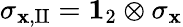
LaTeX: \sigma_{\mathbf{x},\mathrm{{II}}}={\mathbf{1}}_{2}\otimes\sigma_{\mathbf{x}}